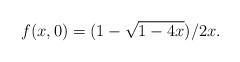
LaTeX: \begin{align*}f(x,0)=(1-\sqrt{1-4x})/2x.\end{align*}